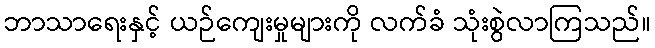
ဘာသာရေးနှင့် ယဉ်ကျေးမှုများကို လက်ခံ သုံးစွဲလာကြသည်။